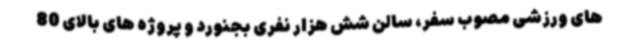
های ورزشی مصوب سفر، سالن شش هزار نفری بجنورد و پروژه های بالای 80